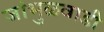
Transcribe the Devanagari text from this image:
जांभुळवाडी